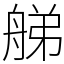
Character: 䑯